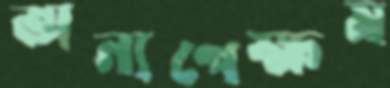
অন্যপেক্ষম